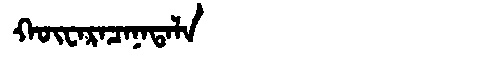
Manchu: ᡴᡡᠸᠠᡵᠠᠴᠠᠨᠠᡨᠠᠯᠠ
Romanization: KŪWARACANATALA